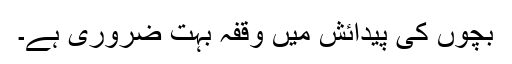
بچوں کی پیدائش میں وقفہ بہت ضروری ہے۔